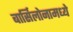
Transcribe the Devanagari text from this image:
बार्सिलोनामध्ये